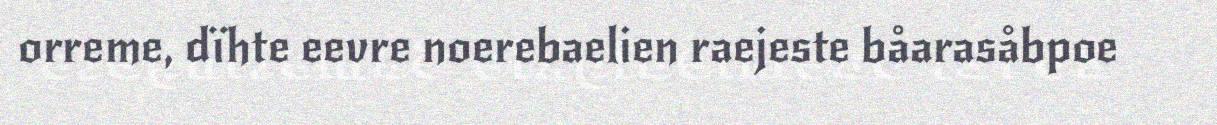
orreme, dïhte eevre noerebaelien raejeste båarasåbpoe